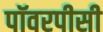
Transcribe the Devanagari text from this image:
पॉवरपीसी